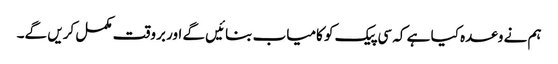
ہم نے وعدہ کیا ہے کہ سی پیک کو کامیاب بنائیں گے اور بروقت مکمل کریں گے۔